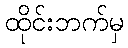
ထိုင်းဘက်မှ